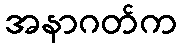
အနာဂတ်က